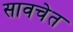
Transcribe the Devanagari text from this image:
सावचेत